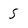
Character: 5